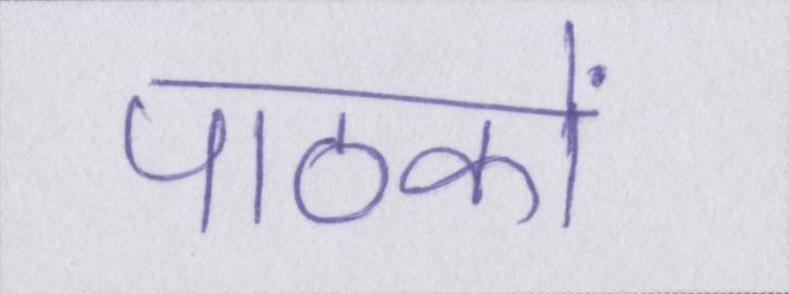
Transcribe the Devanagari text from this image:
पाठकों